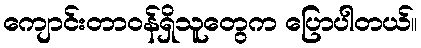
ကျောင်းတာဝန်ရှိသူတွေက ပြောပါတယ်။